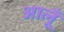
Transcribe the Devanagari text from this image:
आलूँ